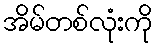
အိမ်တစ်လုံးကို